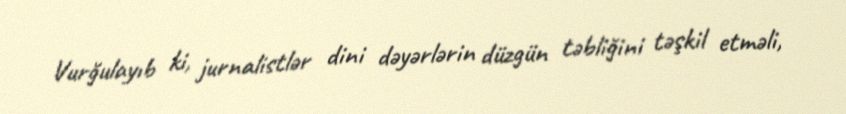
Vurğulayıb ki, jurnalistlər dini dəyərlərin düzgün təbliğini təşkil etməli,